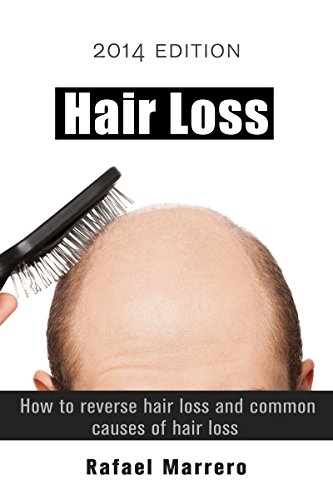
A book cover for Hair Loss: How to reverse hair loss and common causes of hair loss; Rafael Marrero; Health, Fitness & Dieting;